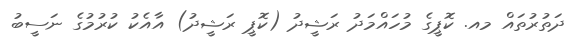
ދަތުރުތައް މއ. ކޮޕީގެ މުހައްމަދު ރަޝީދު (ކޮޕީ ރަޝީދު) އާއެކު ކުރުމުގެ ނަސީބު